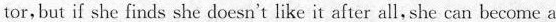
tor, but if she finds she doesn't like it after all,she can become a